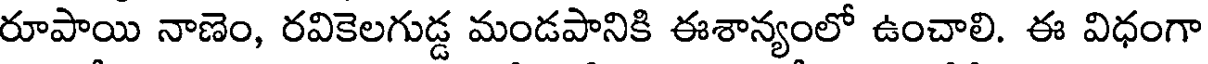
రూపాయి నాణెం, రవికెలగుడ్డ మండపానికి ఈశాన్యంలో ఉంచాలి. ఈ విధంగా